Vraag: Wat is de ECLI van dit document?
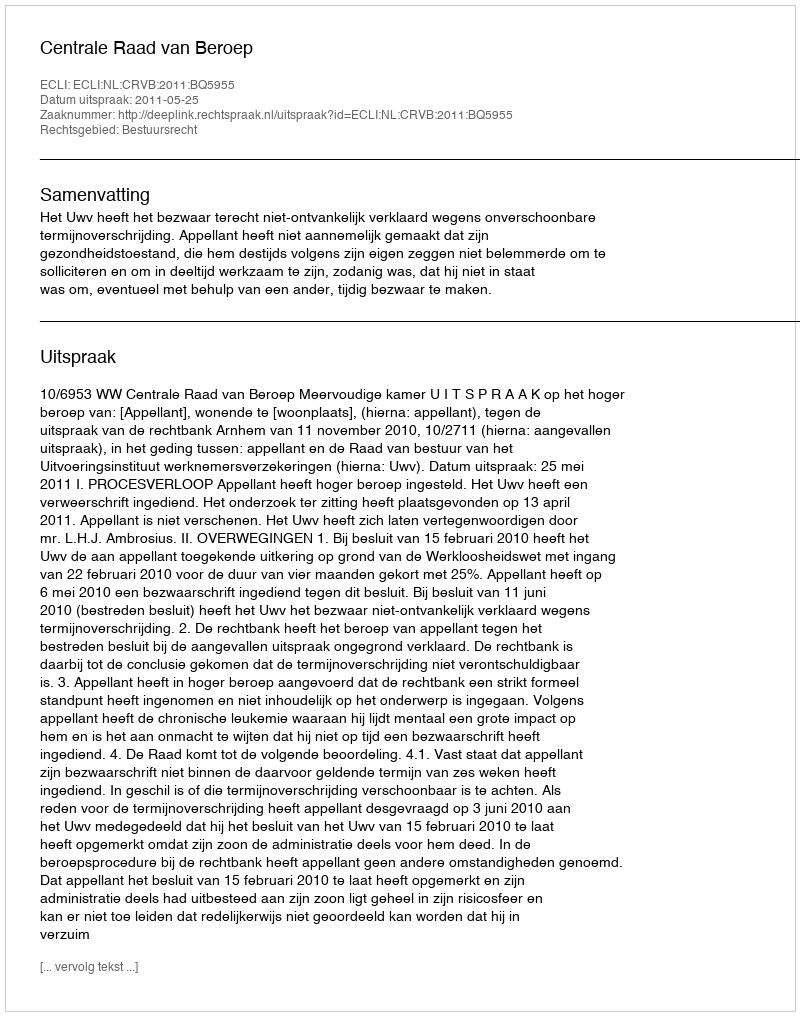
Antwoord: ECLI:NL:CRVB:2011:BQ5955